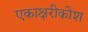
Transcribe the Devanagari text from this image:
एकाक्षरीकोश